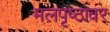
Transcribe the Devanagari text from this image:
मलपृष्ठावर